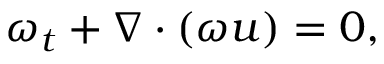
\omega _ { t } + \nabla \cdot ( \omega u ) = 0 ,